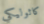
كاثوليكي